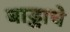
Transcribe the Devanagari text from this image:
बाड्डाचे